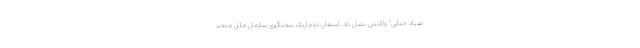
صیاد خدایی" واکنش نشان داد. استفان دوجاریک سخنگوی سازمان ملل متحد